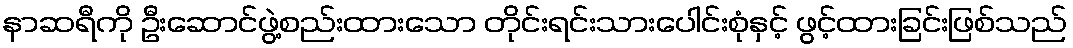
နာဆရီကို ဦးဆောင်ဖွဲ့စည်းထားသော တိုင်းရင်းသားပေါင်းစုံနှင့် ဖွင့်ထားခြင်းဖြစ်သည်